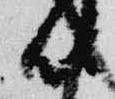
候